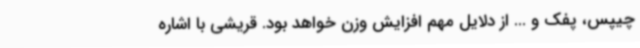
چیپس، پفک و ... از دلایل مهم افزایش وزن خواهد بود. قریشی با اشاره